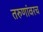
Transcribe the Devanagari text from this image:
तरुणांवरच